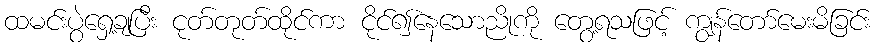
ထမင်းပွဲရှေ့ချပြီး ငုတ်တုတ်ထိုင်ကာ ငိုင်၍နေသောညိုကို တွေ့ရသဖြင့် ကျွန်တော်မေးမိခြင်း